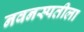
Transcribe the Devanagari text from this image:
नवनस्पतीला